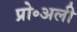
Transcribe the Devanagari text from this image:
प्रो॰अली